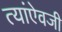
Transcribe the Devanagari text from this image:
त्यांऐवजी